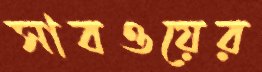
সাবওয়ের